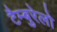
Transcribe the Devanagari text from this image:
टैम्बुरेलो